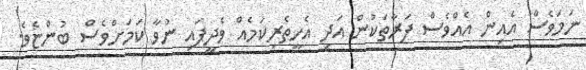
ނަމަވެސް އެއިން އެއްވެސް ފަރާތަކުން އަދި އެހީތެރިކަމެއް ވެދީފައި ނުވާ ކަމަށްވެސް ބުންޏެވެ.